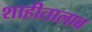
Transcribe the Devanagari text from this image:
शाहीतालाब